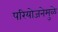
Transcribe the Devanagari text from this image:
परियोजनेमुळे